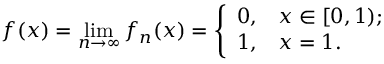
f ( x ) = \operatorname* { l i m } _ { n \to \infty } f _ { n } ( x ) = { \left\{ \begin{array} { l l } { 0 , } & { x \in [ 0 , 1 ) ; } \\ { 1 , } & { x = 1 . } \end{array} \right. }